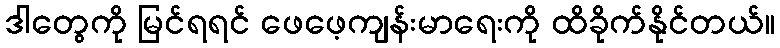
ဒါတွေကို မြင်ရရင် ဖေဖေ့ကျန်းမာရေးကို ထိခိုက်နိုင်တယ်။